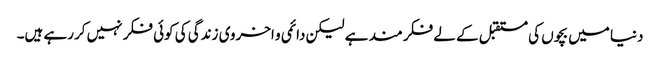
دنیا میں بچوں کی مستقبل کے لے فکر مند ہے لیکن دائمی و اخروی زندگی کی کوئی فکر نہیں کررہے ہیں۔